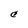
Character: C